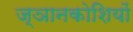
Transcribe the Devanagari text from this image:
ज्ञानकोशियों